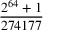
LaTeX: \frac { 2 ^ { 6 4 } + 1 } { 2 7 4 1 7 7 }